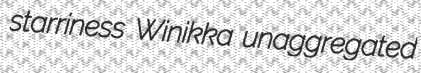
starriness Winikka unaggregated